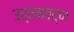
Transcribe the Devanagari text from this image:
उत्तमवर्ण